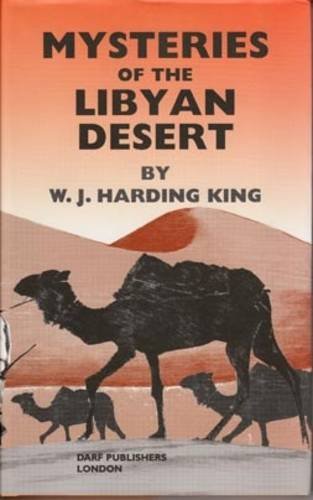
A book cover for Mysteries of the Libyan Desert; W. S. Harding King; Travel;